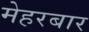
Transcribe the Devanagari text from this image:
मेहरबार